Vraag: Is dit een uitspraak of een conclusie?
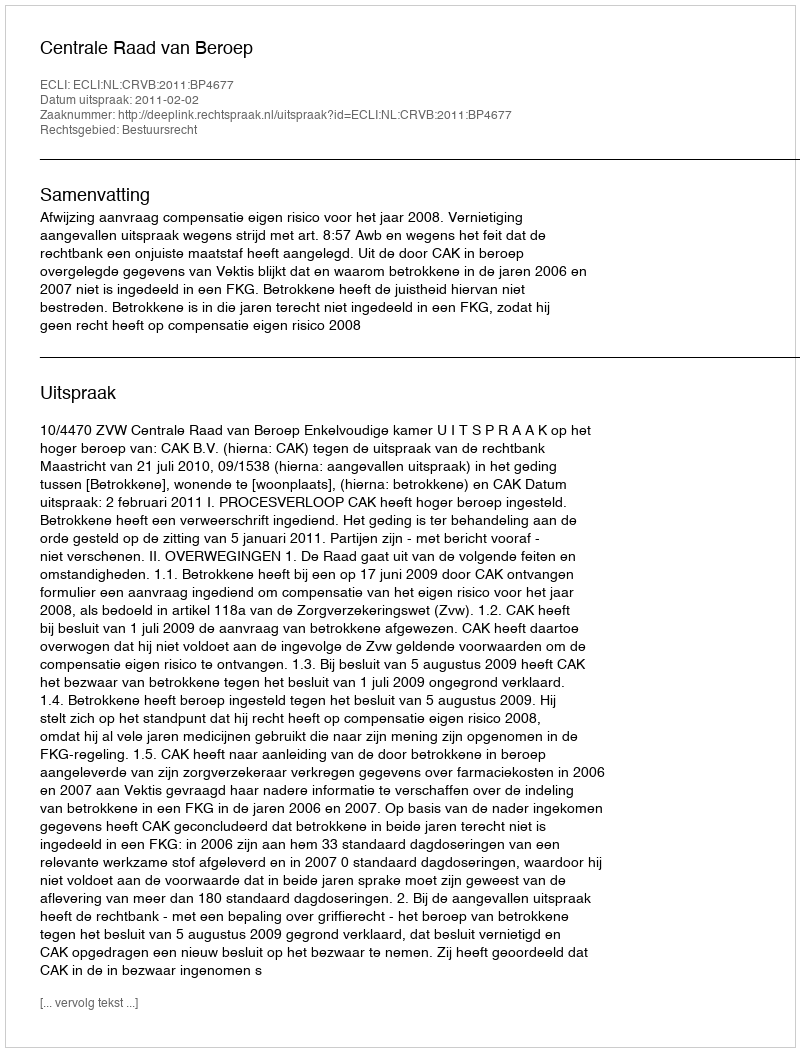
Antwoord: Uitspraak